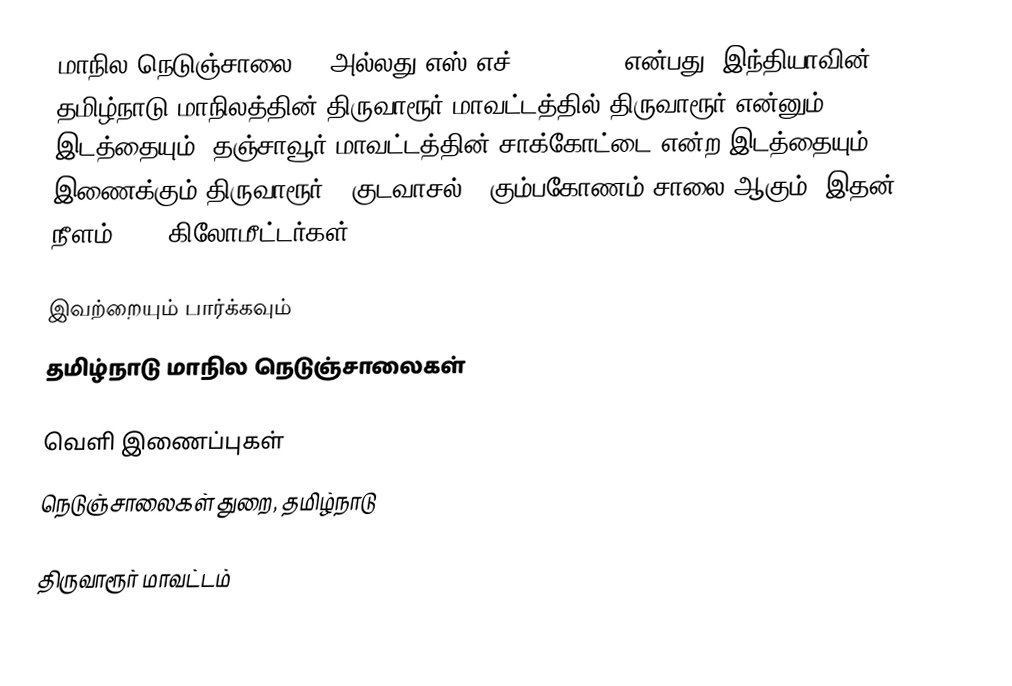
மாநில நெடுஞ்சாலை 65 அல்லது எஸ்.எச்-65 (SH 65) என்பது, இந்தியாவின் தமிழ்நாடு மாநிலத்தின் திருவாரூர் மாவட்டத்தில் திருவாரூர் என்னும் இடத்தையும், தஞ்சாவூர் மாவட்டத்தின் சாக்கோட்டை என்ற இடத்தையும் இணைக்கும் திருவாரூர் - குடவாசல் - கும்பகோணம் சாலை ஆகும். இதன் நீளம் 37.2  கிலோமீட்டர்கள் .

இவற்றையும் பார்க்கவும்
 தமிழ்நாடு மாநில நெடுஞ்சாலைகள்

வெளி இணைப்புகள்
 நெடுஞ்சாலைகள் துறை, தமிழ்நாடு

திருவாரூர் மாவட்டம்